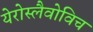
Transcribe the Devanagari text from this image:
येरोस्लैवोविच